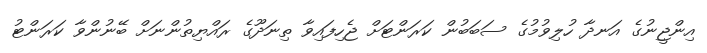
އިންޖީނުގެ އަނދާ ހުލިވުމުގެ ސަބަބުން ކަރަންޓަށް ޖެހިފައިވާ ތިނަދޫގެ ރައްޔިތުންނަށް ބޭނުންވާ ކަރަންޓު